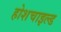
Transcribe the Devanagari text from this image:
होशचाइल्ड